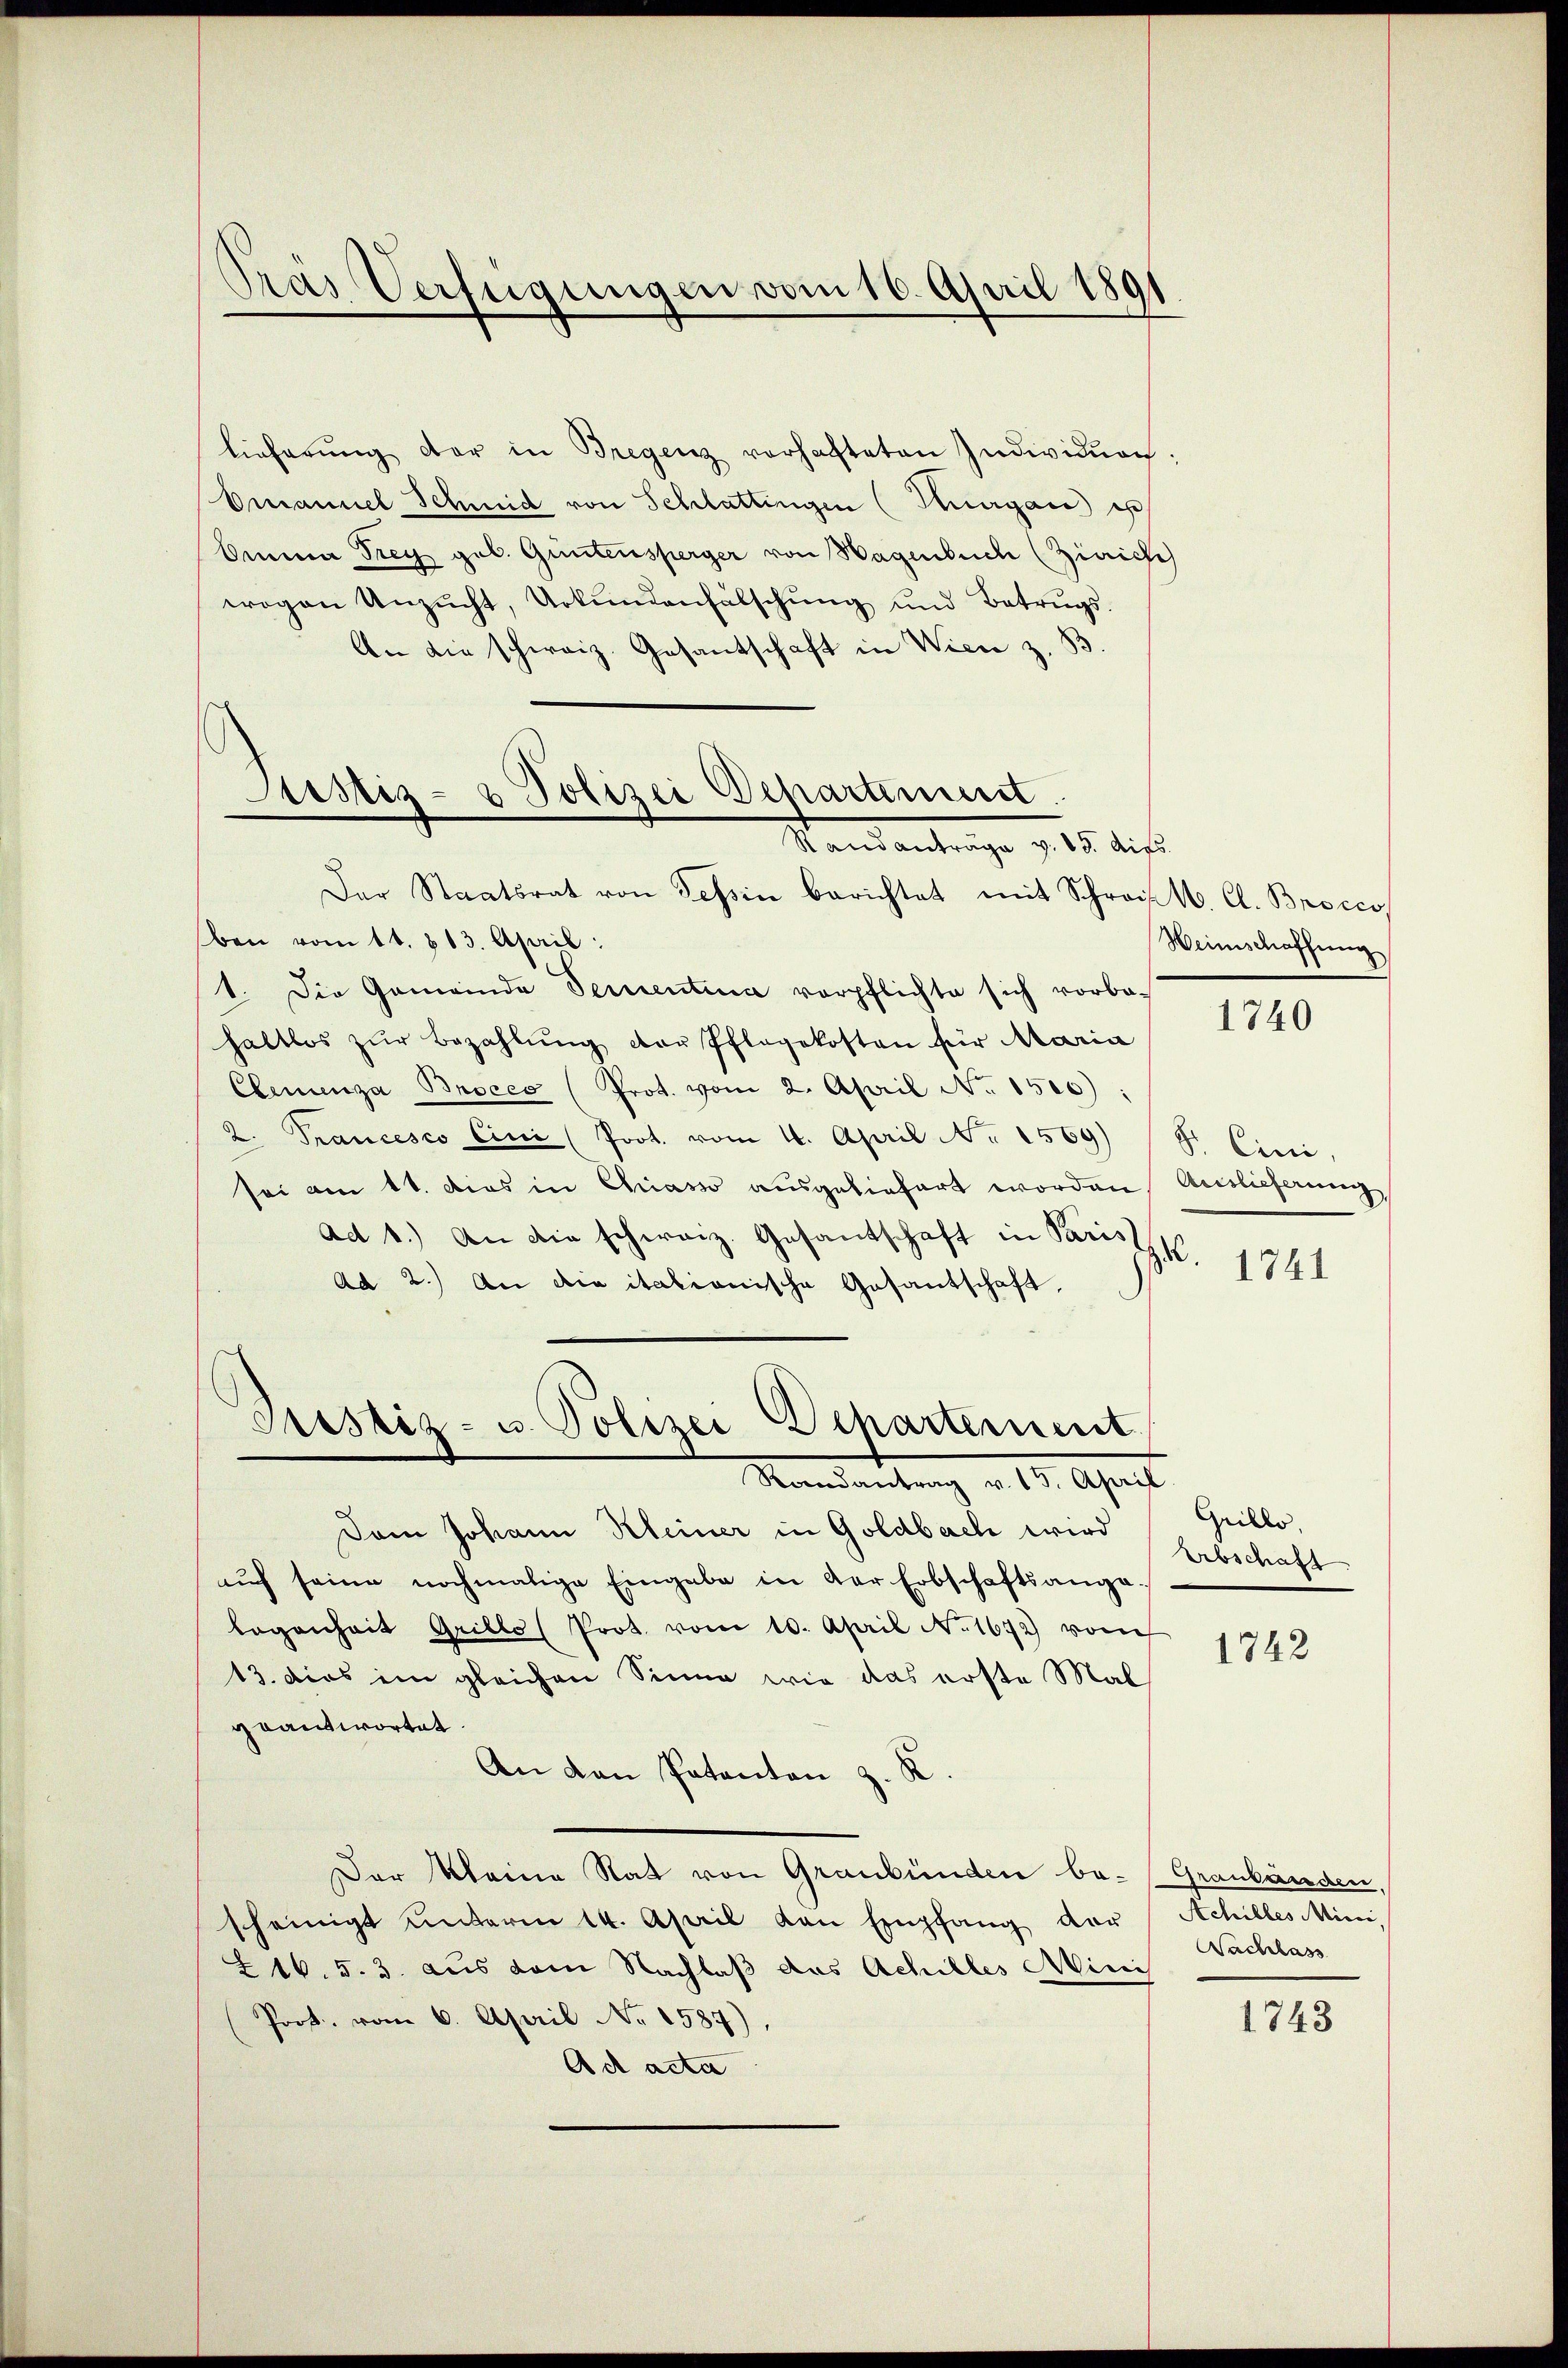
Pras Verfügungen vom 16. April 1891

lieferŭng der in Bregenz vorhafteten Individŭrch:
Emanuel Schmid von Schlattingen (Thurgau es
Omna Frey geb. Güntensperger von Wagenbuch (Zürich
wogen Unzŭcht, Urkŭndenfälschŭng und Betrŭgs-
An die schweiz. Gesantschaft in Wien z. B.
Der Staatsrat von Tessin berichtet mit Schrei M. Cl. Brocco
ben vom 11. 813. April:
1. Die Gemeinde Serientina verpflichte sich vorbe-
haltlos zŭr Bezahlŭng der Pflegekosten für Maria
Prot. vom 2. April No 1500):
Clemenza Bnoces
2. Trancesco Cini (Prot. vom 4. April No 1569) (9. Eini
sei am 11. Dies in Chiasso ausgeliefert worden Auslieferung
ad b.) An die schweiz. Gesantschaft in Paris
2
Ad 2.) An die italionische Gesantschaft,
Justiz- u. Polizei Departement
Randantrag v. 15. April
Dam Johann Kleiner in Goldbach wird
aŭf seine nochmalige Eingabe in der Erbschaftsangebogenheit Grille Prot. vom 10. April No 1672 vom
13. dies im gleichen Sinne wie das erste Mal
geantwortet.
An von Patanton z. K
Der Meine Rat von Graubünden be- (Graubänden,
scheinigt unterm 14. April von Empfang der Achilles Mini-
216. 5. 3. aus dem Nachlaß das Achilles Minis
Prot. vom 6. April No 1587)
Ad acta

Justiz- & Polizei Departement
Rand anträge v. 19. dies

Weinschaffung

1740

1741

Grillo
Abschaft

1742

Nachlass

1743